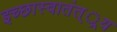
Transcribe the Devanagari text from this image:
इच्छास्वातंत््रय